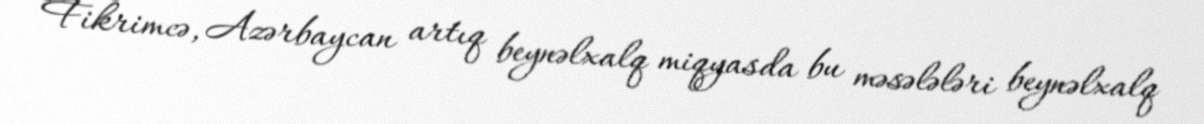
Fikrimcə, Azərbaycan artıq beynəlxalq miqyasda bu məsələləri beynəlxalq